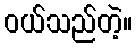
ဝယ်သည်တဲ့။